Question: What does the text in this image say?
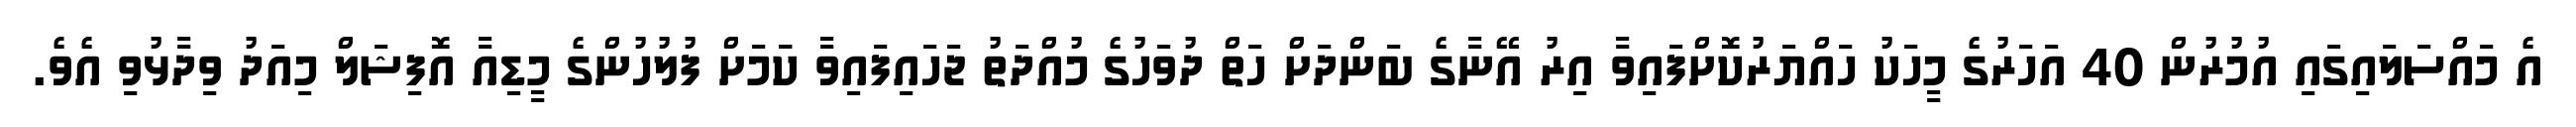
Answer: އެ މައްސަލައިގައި އުމުރުން 40 އަހަރުގެ މީހަކު ހައްޔަރުކޮށްފައިވާ އިރު އޭނާގެ ބަންދަށް ހަތް ދުވަހުގެ މުއްދަތު ޖަހައިފައިވާ ކަަމަށް ފުލުހުންގެ މީޑިއާ އޮފިޝަލް މިއަދު ވިދާޅުވި އެވެ.